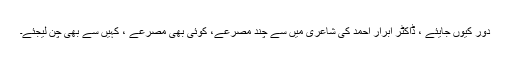
دور کیوں جایئے ، ڈاکٹر ابرار احمد کی شاعری میں سے چند مصرعے، کوئی بھی مصرعے ، کہیں سے بھی چن لیجئے۔